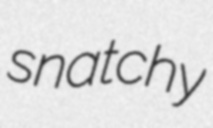
snatchy